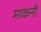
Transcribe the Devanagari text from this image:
माकनी